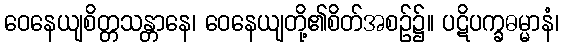
ဝေနေယျစိတ္တသန္တာနေ၊ ဝေနေယျတို့၏စိတ်အစဉ်၌။ ပဋိပက္ခဓမ္မာနံ၊